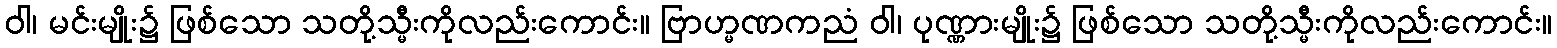
ဝါ၊ မင်းမျိုး၌ ဖြစ်သော သတို့သ္မီးကိုလည်းကောင်း။ ဗြာဟ္မဏကညံ ဝါ၊ ပုဏ္ဏားမျိုး၌ ဖြစ်သော သတို့သ္မီးကိုလည်းကောင်း။